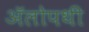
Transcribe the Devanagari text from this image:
ॲलोपथी